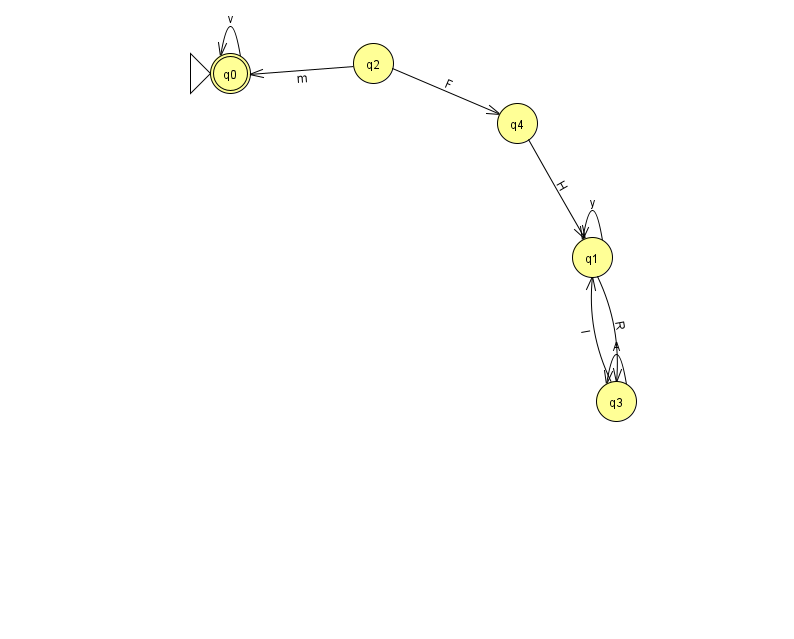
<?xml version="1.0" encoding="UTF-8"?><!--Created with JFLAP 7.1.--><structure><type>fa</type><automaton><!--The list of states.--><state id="0" name="q0"><x>230.0</x><y>60.0</y><initial/><final/></state><state id="1" name="q1"><x>592.0</x><y>244.0</y></state><state id="2" name="q2"><x>373.0</x><y>50.0</y></state><state id="3" name="q3"><x>616.0</x><y>388.0</y></state><state id="4" name="q4"><x>517.0</x><y>110.0</y></state><!--The list of transitions.--><transition><from>3</from><to>3</to><read>A</read></transition><transition><from>3</from><to>1</to><read>l</read></transition><transition><from>0</from><to>0</to><read>v</read></transition><transition><from>2</from><to>4</to><read>F</read></transition><transition><from>1</from><to>1</to><read>y</read></transition><transition><from>1</from><to>3</to><read>R</read></transition><transition><from>4</from><to>1</to><read>H</read></transition><transition><from>2</from><to>0</to><read>m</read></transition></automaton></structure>